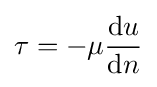
\tau =-\mu {\frac {\mathrm {d} u}{\mathrm {d} n}}